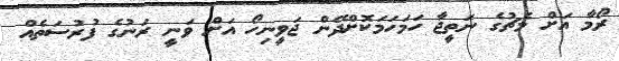
ރޯމާ އަށް މެޗުގެ ނަތީޖާ ހަމަހަމަކޮށްދޭން ޖަވީނިހޯ އަށް ވަނީ ރަނުގެ ފުރުސަތެއް